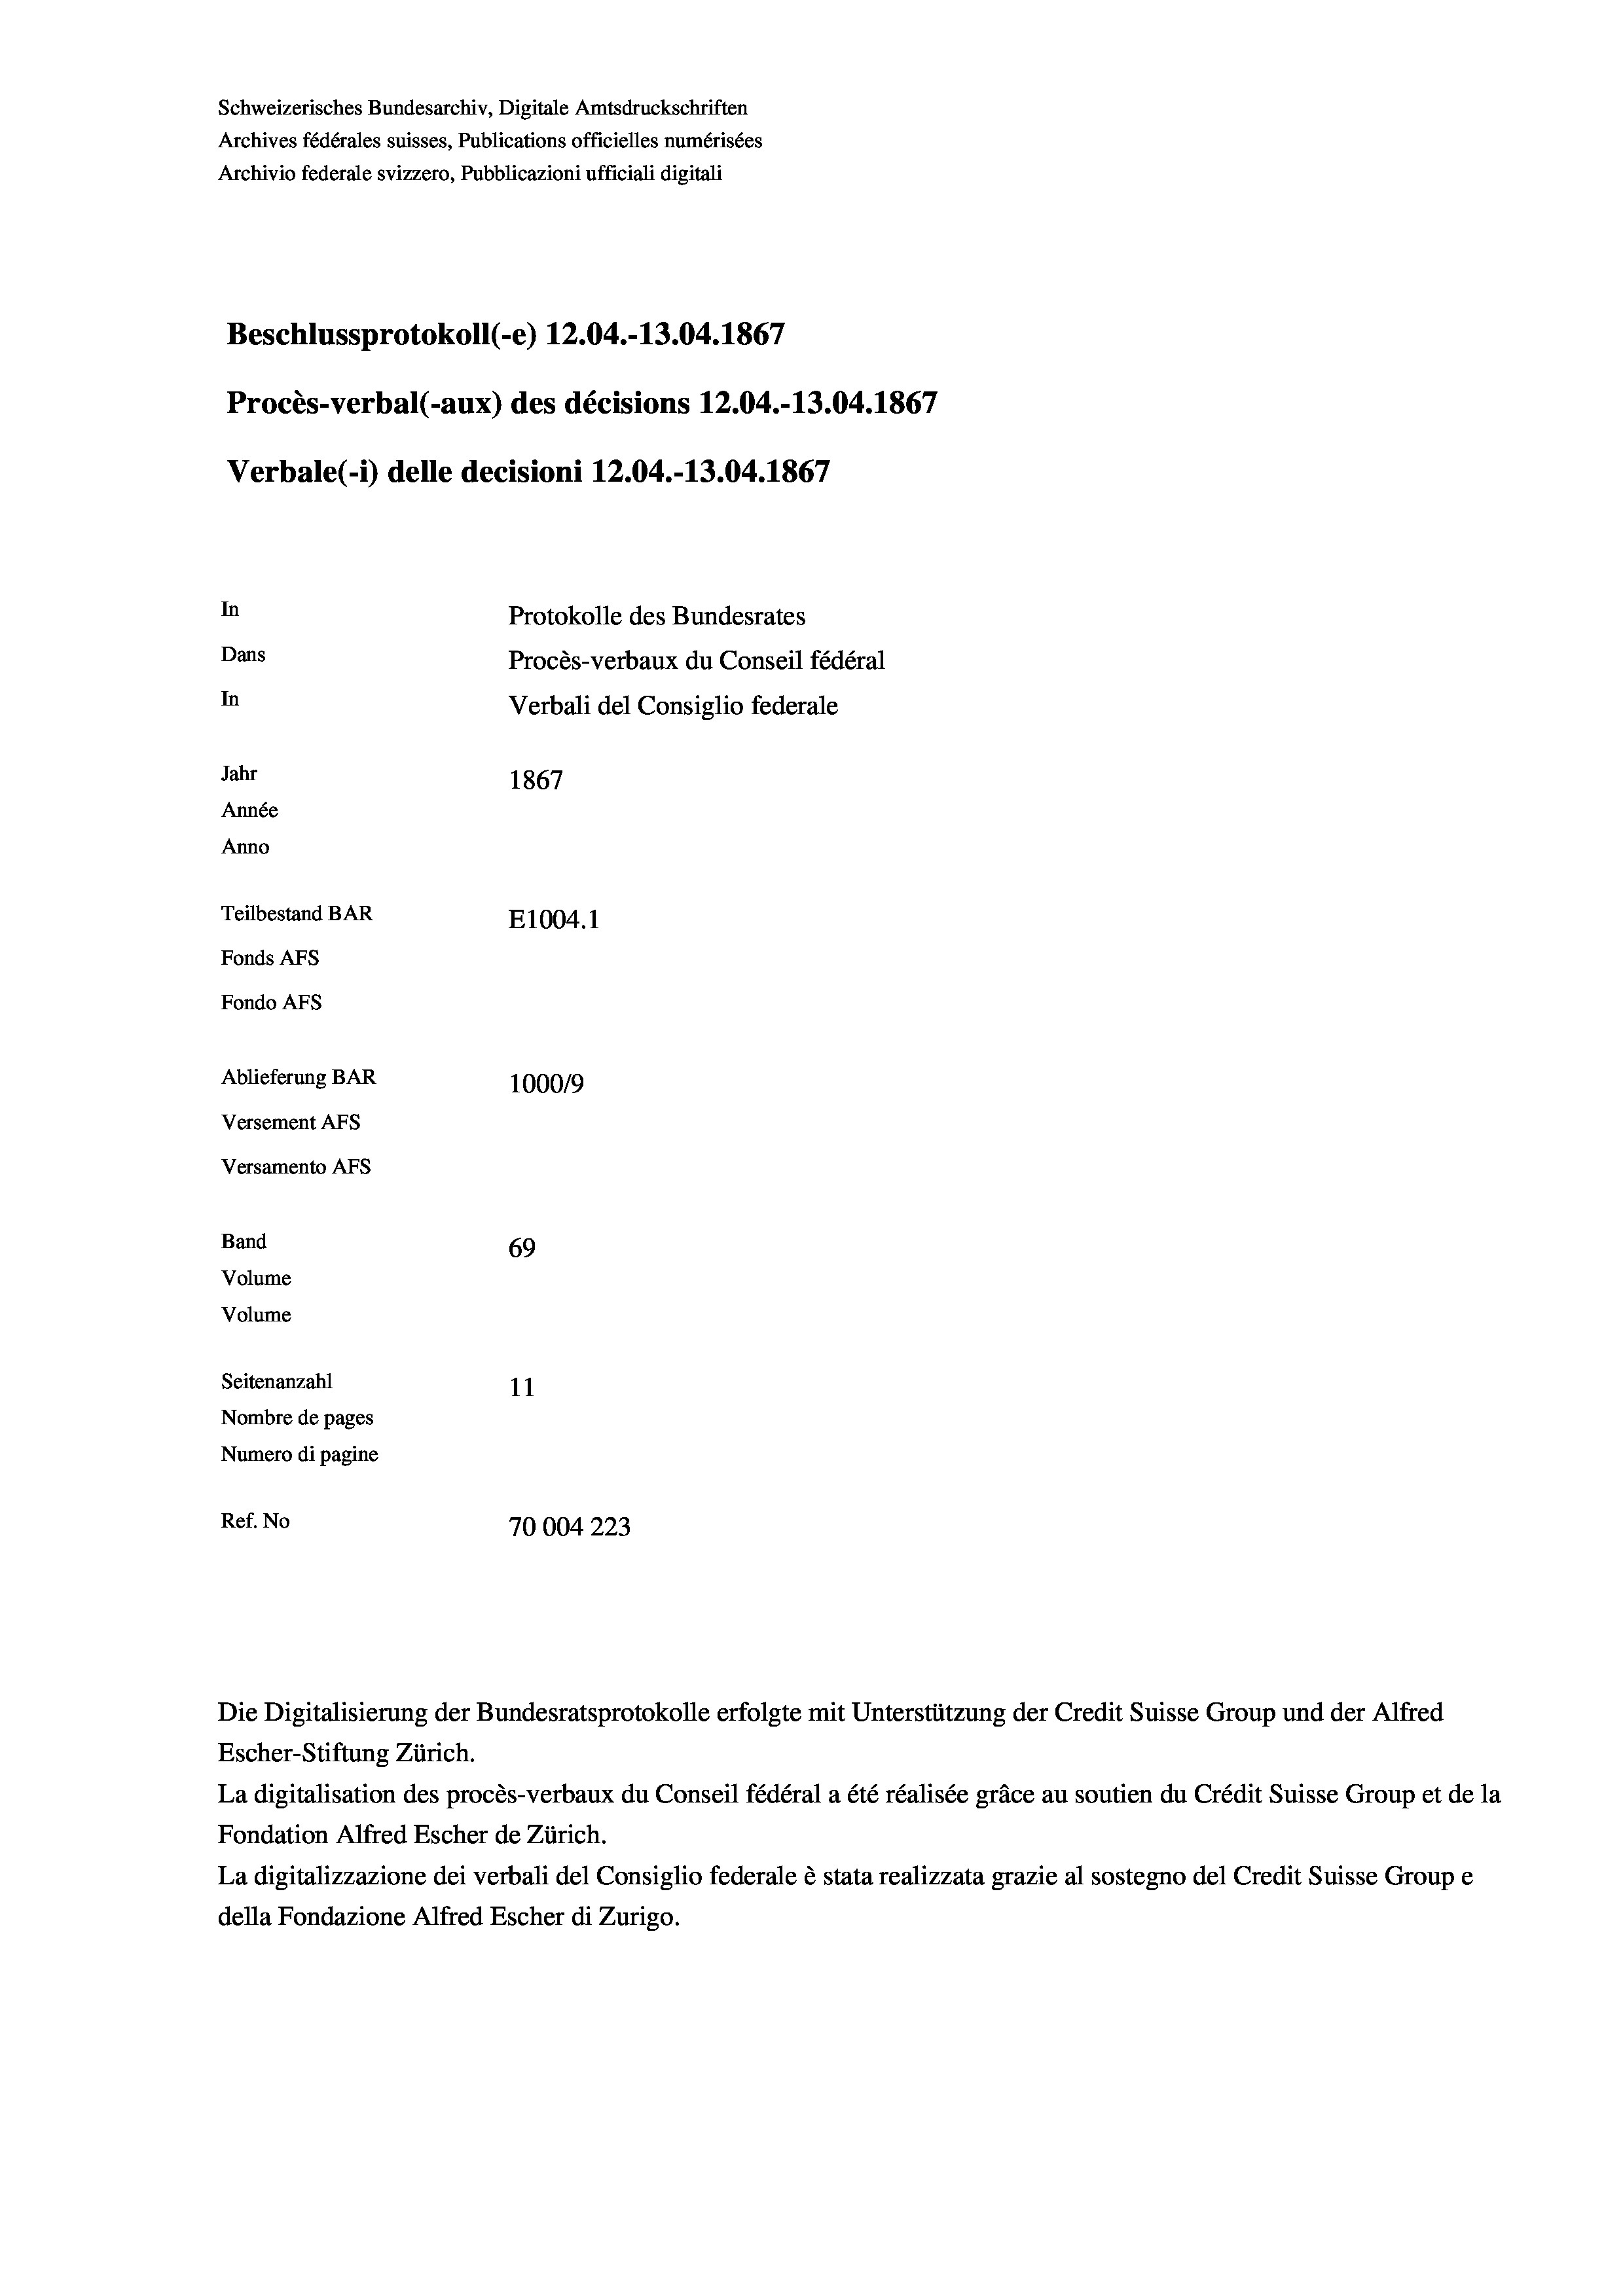
Schweizerisches Bundesarchiv, Digitale Amtsdruckschriften
Archives fédérales suisses, Publications officielles numérisées
Archivio federale svizzero, Pubblicazioni ufficiali digitali
Beschlussprotokoll (e) 12.04.-13.04. 1867
Procès-verbal (-aux) des décisions 12.04.-13.04.1867
Verbale(-*) delle decisioni 12.04.-13.04. 1867
In
Protokolle des Bundesrates
Dans
Procès-verbaux du Conseil fédéral
In
Verbali del Consiglio federale
Jahr
1867
Année
Anno
Teilbestand BAR
E1004.1
Fonds Afs
Fondo Afs
Ablieferung BAR
100019
Versement AFs
Versamento AFs
Band
69
Volume
Volume

Seitenanzahl
11
Nombre de pages
Numero di pagine
Ref. No
70004 223

Escher-Stiftung Zürich.
La digitalisation des procès-verbaux du Conseil fédéral a été réalisée gräce au soutien du Crédit Suisse Group et de la
Fondation Alfred Escher de Zürich.
La digitalizzazione dei verbali del Consiglio federale è stata realizzata grazie al sostegno del Credit Suisse Groupe
della Fondazione Alfred Escher di Zurigo.

Die Digitalisierung der Bundesratsprotokolle erfolgte mit Unterstützung der Credit Suisse Group und der Alfred